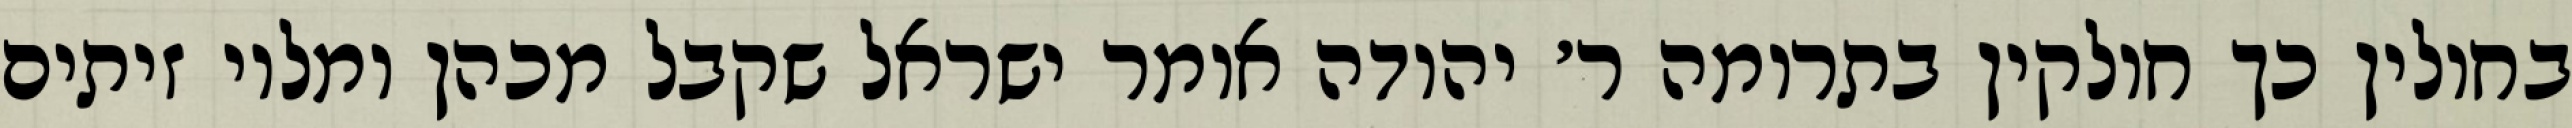
בחולין כך חולקין בתרומה ר׳ יהודה אומר ישראל שקבל מכהן ומלוי זיתים